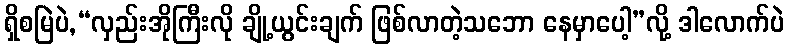
ရှိစမြဲပဲ,“လှည်းအိုကြီးလို ချို့ယွင်းချက် ဖြစ်လာတဲ့သဘော နေမှာပေါ့”လို့ ဒါလောက်ပဲ